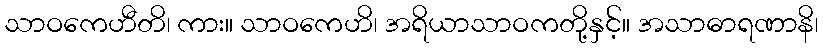
သာဝကေဟီတိ၊ ကား။ သာဝကေဟိ၊ အရိယာသာဝကတို့နှင့်။ အသာဓာရဏာနိ၊